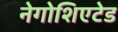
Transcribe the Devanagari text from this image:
नेगोशिएटेड